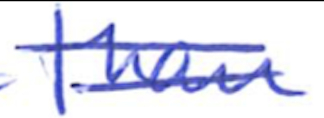
Text: than
Cross-out: double-line
Writing tool: ballpoint